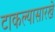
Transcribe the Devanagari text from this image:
टाकल्यासारखे